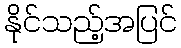
နိုင်သည့်အပြင်